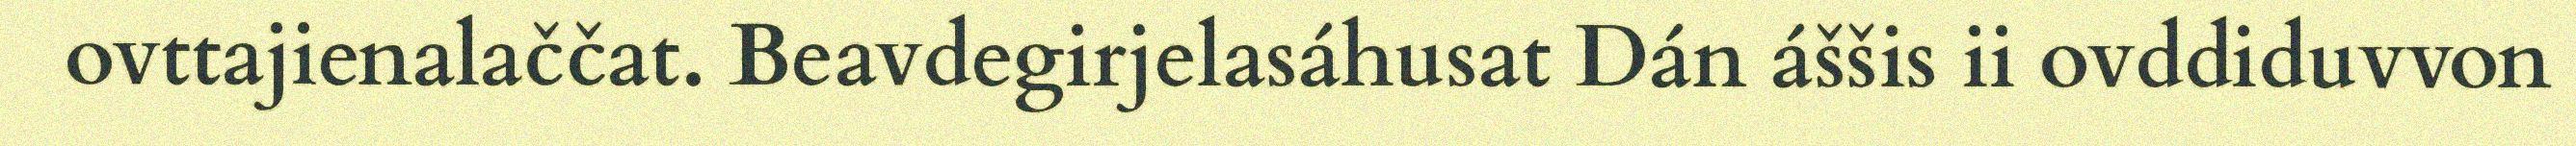
ovttajienalaččat. Beavdegirjelasáhusat Dán áššis ii ovddiduvvon